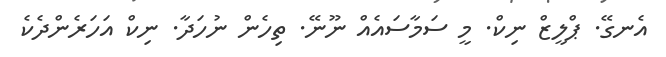
އެނގޭ. ޕްލީޒް ނިކް. މީ ސަމާސައެއް ނޫނޭ. ތިހެން ނުހަދާ. ނިކް އަހަރެންދެކެ